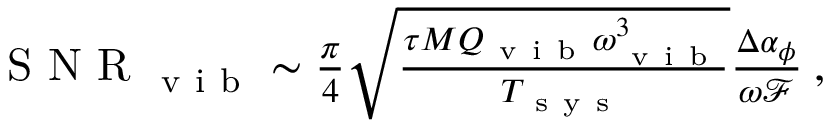
\begin{array} { r } { \mathrm { ~ S ~ N ~ R ~ } _ { \mathrm { ~ v ~ i ~ b ~ } } \sim \frac { \pi } { 4 } \sqrt { \frac { \tau M Q _ { \mathrm { ~ v ~ i ~ b ~ } } \omega _ { \mathrm { ~ v ~ i ~ b ~ } } ^ { 3 } } { T _ { \mathrm { ~ s ~ y ~ s ~ } } } } \frac { \Delta \alpha _ { \phi } } { \omega \mathcal { F } } \: , } \end{array}